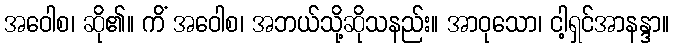
အဝေါစ၊ ဆို၏။ ကိံ အဝေါစ၊ အဘယ်သို့ဆိုသနည်း။ အာဝုသော၊ ငါ့ရှင်အာနန္ဒာ။